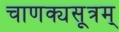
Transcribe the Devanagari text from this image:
चाणक्यसूत्रम्